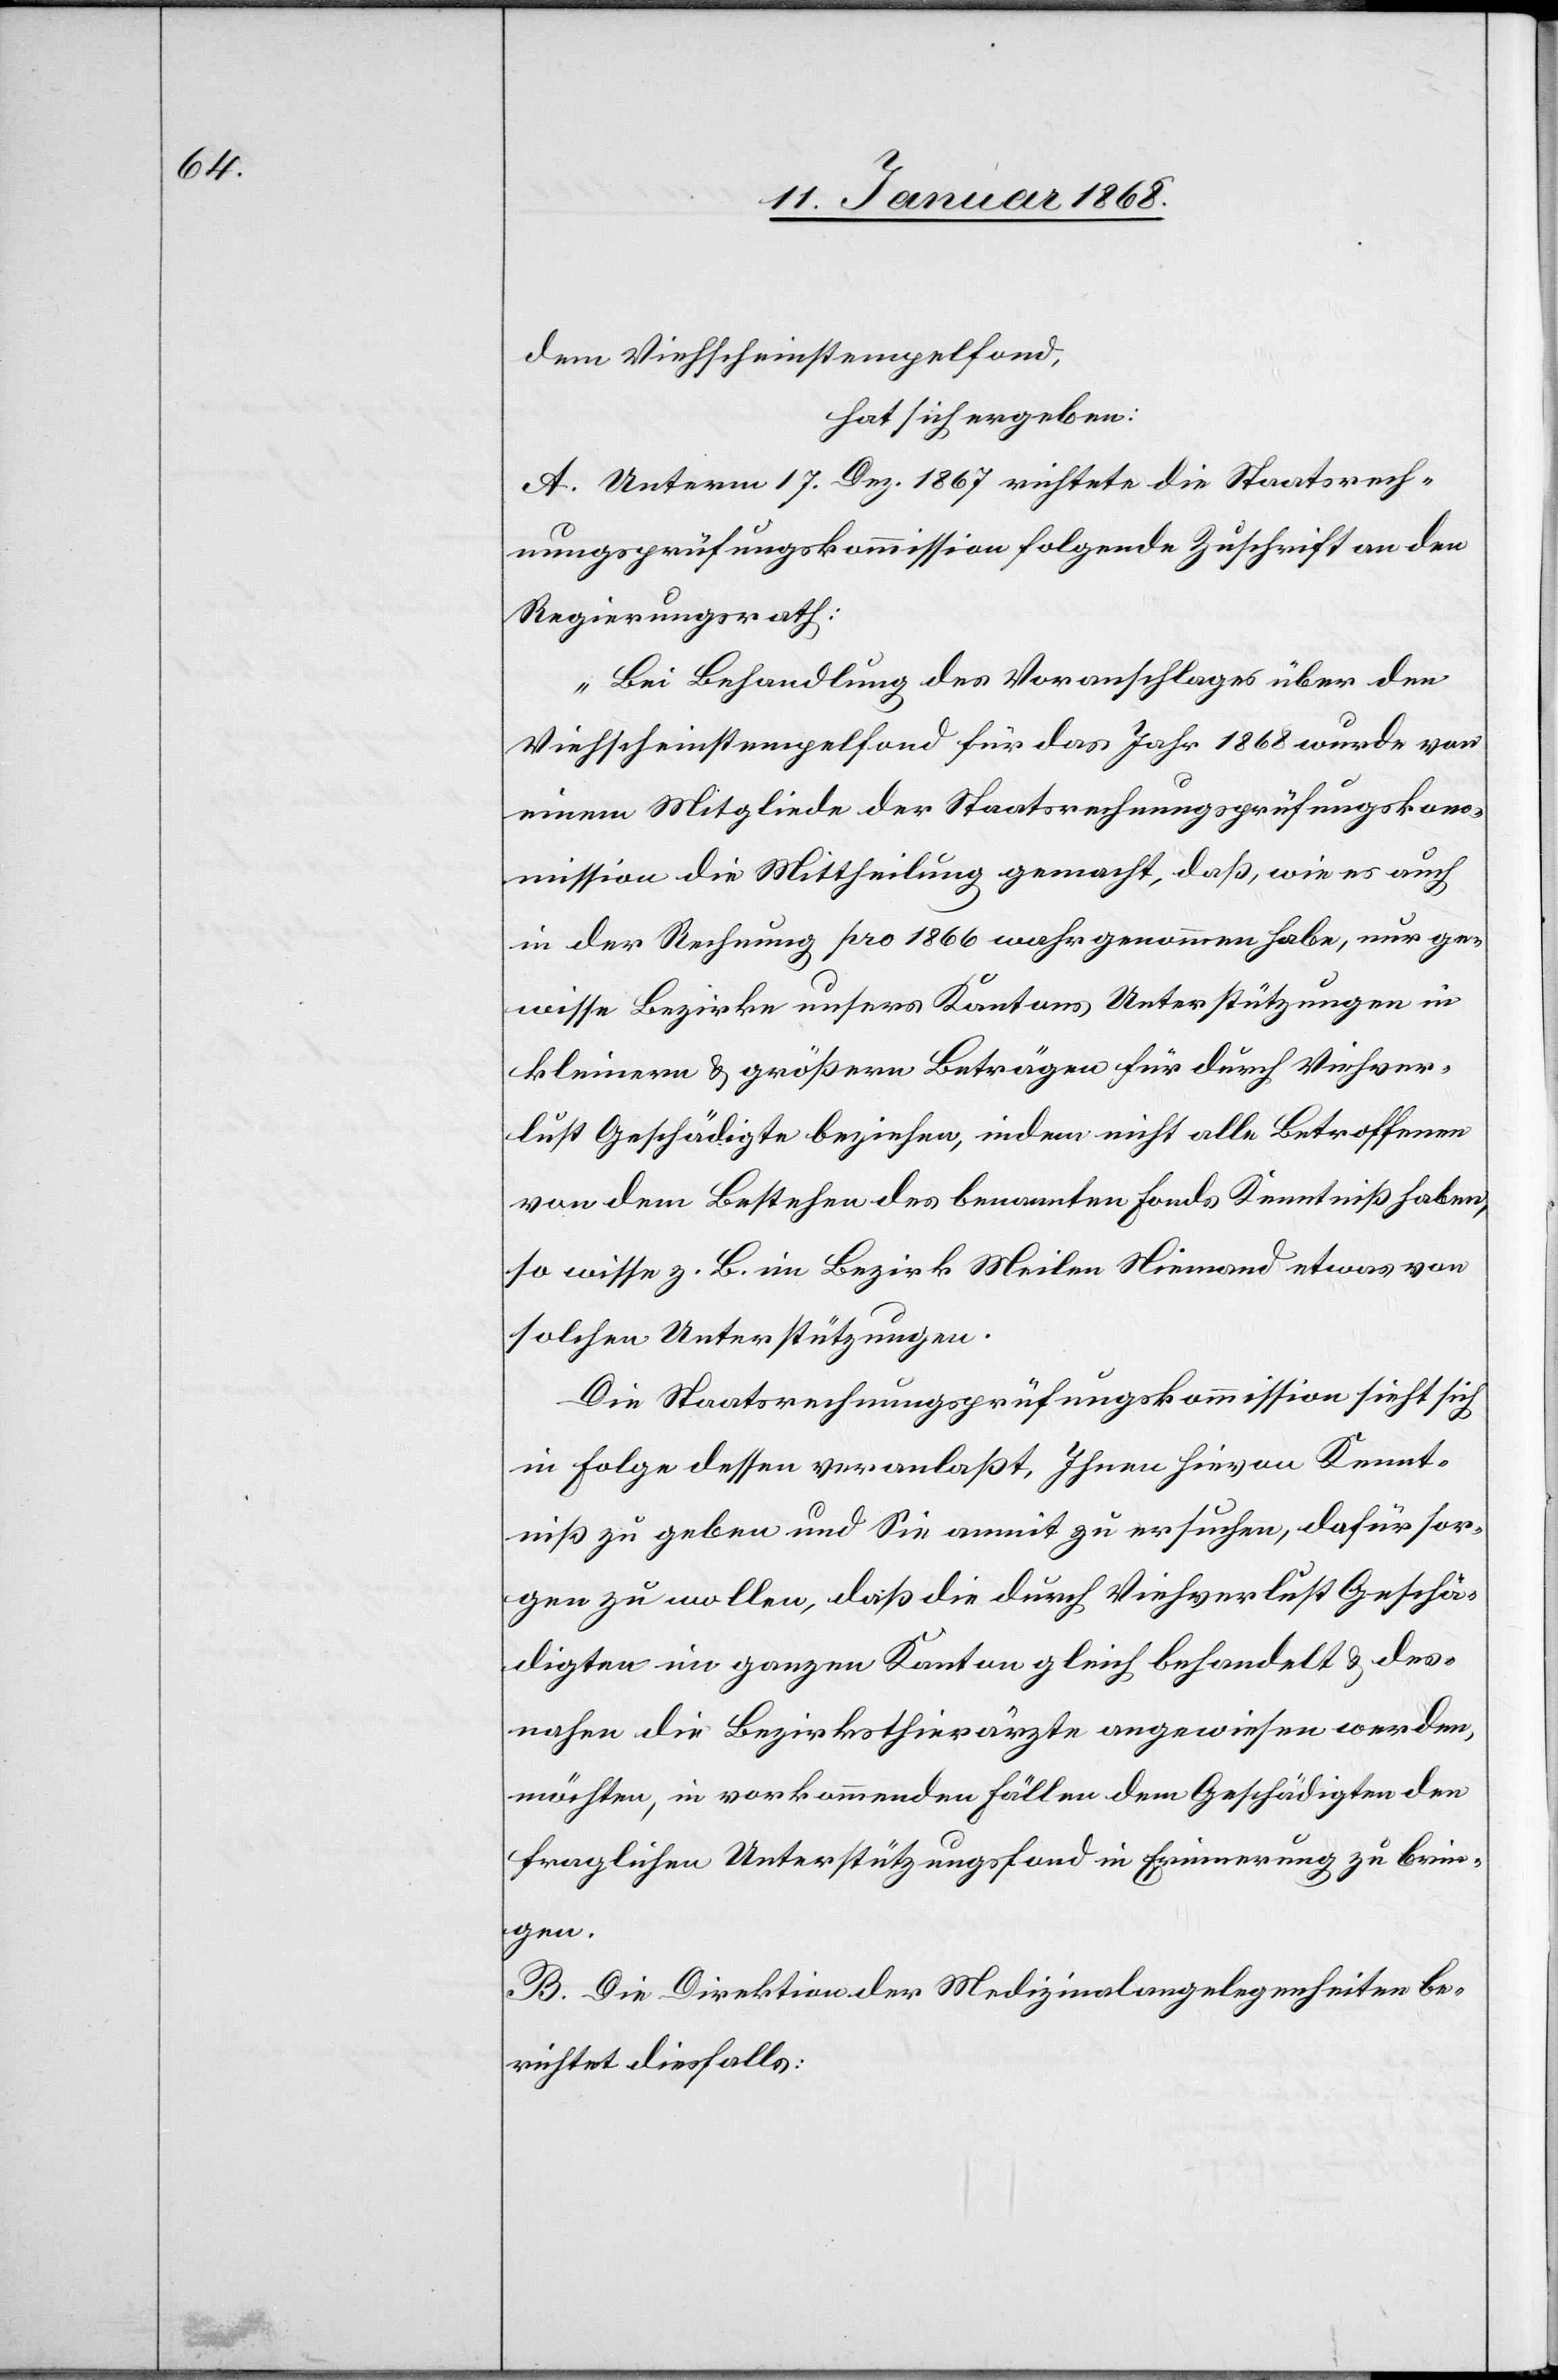
dem Viehscheinstempelfond,
hat sich ergeben:
A. Unterm 17. Dez. 1867 richtete die Staatsrech¬
nungsprüfungskommission folgende Zuschrift an den
Regierungsrath:
„Bei Behandlung des Voranschlages über den
Viehscheinstempelfond für das Jahr 1868 wurde von
einem Mitgliede der Staatsrechnungsprüfungskom¬
mission die Mittheilung gemacht, daß, wie es auch
in der Rechnung pro 1866 wahr genommen habe, nur ge¬
wisse Bezirke unsers Kantons Unterstützungen in
kleinern & größern Beträgen für durch Viehver¬
lust Geschädigte beziehen, indem nicht alle Betroffenen
von dem Bestehen des benannten Fonds Kenntniß haben,
so wisse z. B. im Bezirk Meilen Niemand etwas von
solchen Unterstützungen.
Die Staatsrechnungsprüfungskommission sieht sich
in Folge dessen veranlaßt, Ihnen hievon Kennt¬
niß zu geben und Sie anmit zu ersuchen, dafür sor¬
gen zu wollen, daß die durch Viehverlust Geschä¬
digten im ganzen Kanton gleich behandelt & des¬
nahen die Bezirksthierärzte angewiesen werden,
möchten, in vorkommenden Fällen dem Geschädigten den
fraglichen Unterstützungsfond in Erinnerung zu brin¬
gen.[“]
B. Die Direktion der Medizinalangelegenheiten be¬
richtet diesfalls: